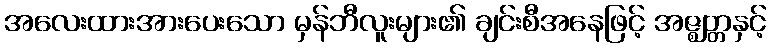
အလေးထားအားပေးသော မှန်ဘီလူးများ၏ ချင်းစီအနေဖြင့် အဇ္ဈတ္တနှင့်